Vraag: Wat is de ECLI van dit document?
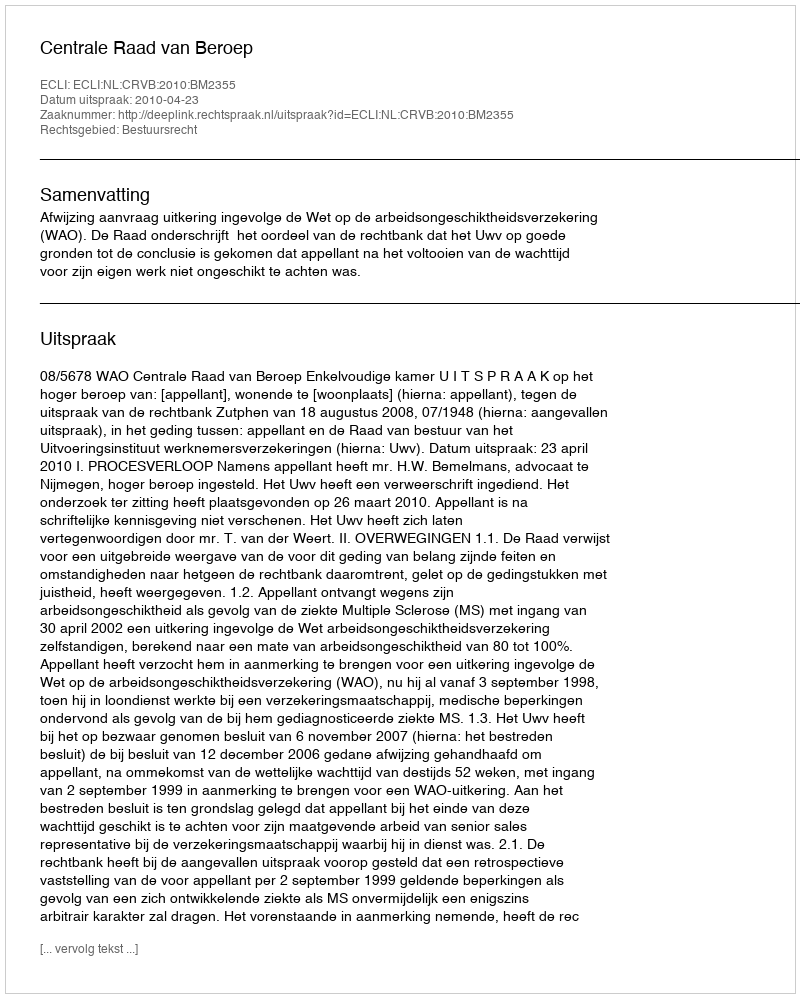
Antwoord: ECLI:NL:CRVB:2010:BM2355